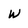
Character: W